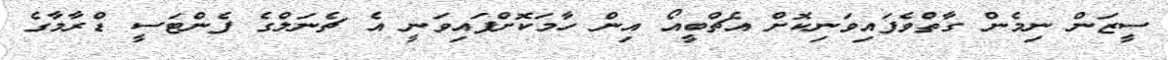
ސީޒަން ނިމެން ގާތްވެފައިވަނިކޮށް އެޗްބީއޯ އިން ހާމަކޮށްފައިވަނީ އެ ޗެނަލްގެ ފެންޓަސީ ޑްރާމާގެ